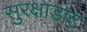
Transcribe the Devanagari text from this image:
सुरक्षाडाट